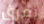
يمزق